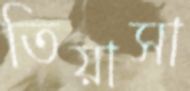
তিয়াসা